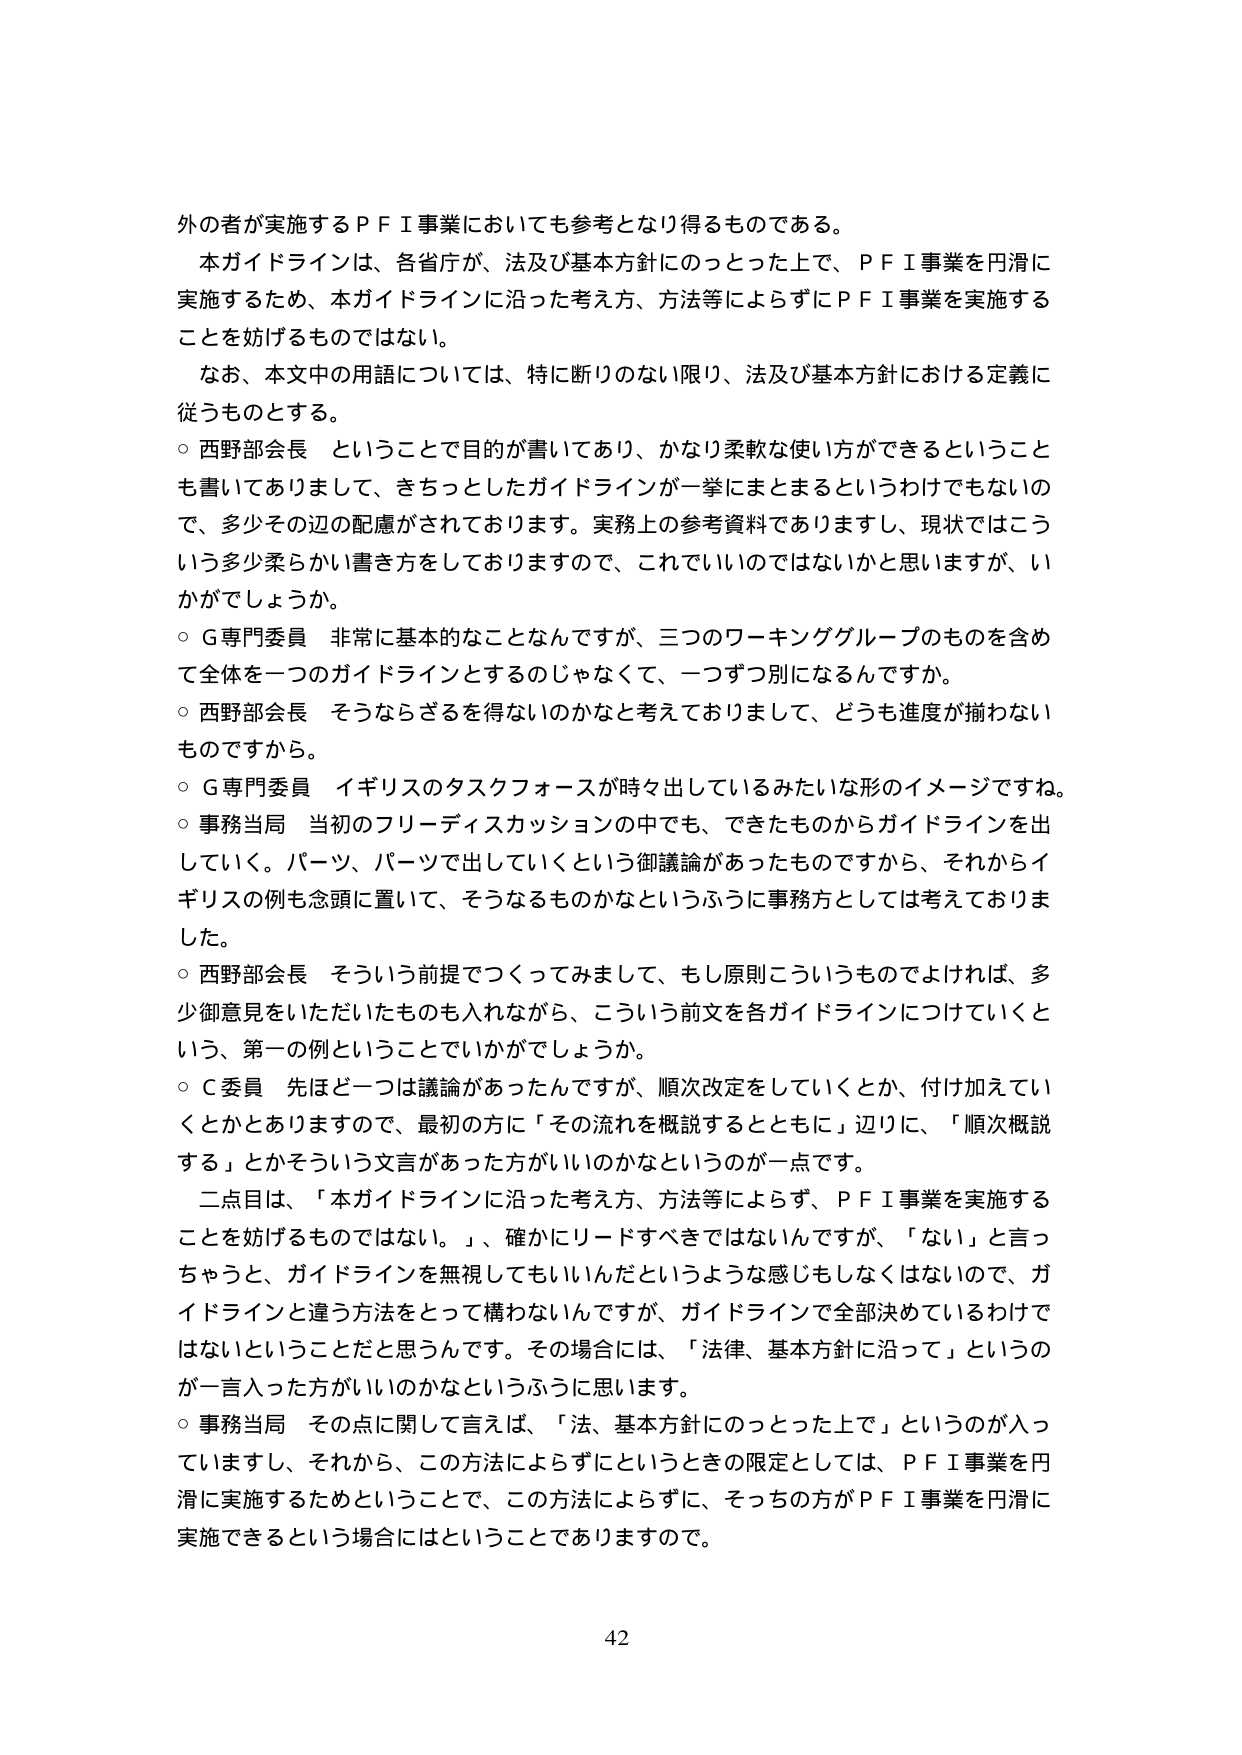
外の者が実施するＰＦＩ事業においても参考となり得るものである。

本ガイドラインは、各省庁が、法及び基本方針にのっとった上で、ＰＦＩ事業を円滑に実施するため、本ガイドラインに沿った考え方、方法等によらずにＰＦＩ事業を実施することを妨げるものではない。

なお、本文中の用語については、特に断りのない限り、法及び基本方針における定義に従うものとする。

○ 西野部会長 ということで目的が書いてあり、かなり柔軟な使い方ができるということも書いてありまして、きちっとしたガイドラインが一挙にまとまるというわけでもないので、多少その辺の配慮がされております。実務上の参考資料でありますし、現状ではこういう多少柔らかい書き方をしておりますので、これでいいのではないかと思いますが、いかがでしょうか。

○ Ｇ専門委員 非常に基本的なことなんですが、三つのワーキンググループのものを含めて全体を一つのガイドラインとするのじゃなくて、一つずつ別になるんですか。

○ 西野部会長 そうならざるを得ないのかなと考えておりまして、どうも進度が揃わないものですから。

○ Ｇ専門委員 イギリスのタスクフォースが時々出しているみたいな形のイメージですね。

○ 事務当局 当初のフリーディスカッションの中でも、できたものからガイドラインを出していく。パーツ、パーツで出していくという御議論があったものですから、それからイギリスの例も念頭に置いて、そうなるものかなというふうに事務方としては考えておりました。

○ 西野部会長 そういう前提でつくってみまして、もし原則こういうものでよければ、多少御意見をいただいたものも入れながら、こういう前文を各ガイドラインにつけていくという、第一の例ということでしょうか。

○ Ｃ委員 先ほど一つは議論があったんですが、順次改定をしていくとか、付け加えていくとかありますので、最初の方に「その流れを概説するとともに」辺りに、「順次概説する」とかそういう文言があった方がいいのかなというのが一点です。

二点目は、「本ガイドラインに沿った考え方、方法等によらず、ＰＦＩ事業を実施することを妨げるものではない。」、確かにリードすべきではないんですが、「ない」と言っちゃうと、ガイドラインを無視してもいいんだというような感じもしなくはないので、ガイドラインと違う方法をとって構わないんですが、ガイドラインで全部決めているわけではないということだと思うんです。その場合には、「法律、基本方針に沿って」というのが一言入った方がいいのかなというふうに思います。

○ 事務当局 その点に関して言えば、「法、基本方針にのっとった上で」というのが入っていますし、それから、この方法によらずにというときの限定としては、ＰＦＩ事業を円滑に実施するためということで、この方法によらずに、そっちの方がＰＦＩ事業を円滑に実施できるという場合にはということでありますので。

42